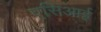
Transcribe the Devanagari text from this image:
एसिआई